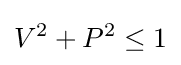
V^{2}+P^{2}\leq 1